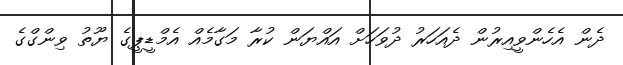
ދެން އެހެންވީއިރުން ދެއަހަރު ދުވަހަށް އައްޔަން ކުރާ މަގާމެއް އެމްޑީޕީގެ ޔޫތު ވިންގްގެ